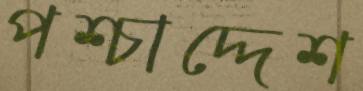
পশ্চাদ্দেশ